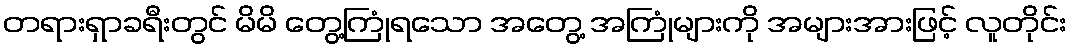
တရားရှာခရီးတွင် မိမိ တွေ့ကြုံရသော အတွေ့ အကြုံများကို အများအားဖြင့် လူတိုင်း